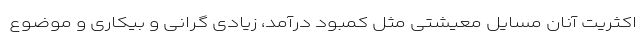
اکثریت آنان مسایل معیشتی مثل کمبود درآمد، زیادی گرانی و بیکاری و موضوع